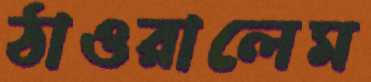
ঠাওরালেম